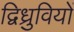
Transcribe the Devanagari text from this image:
द्विध्रुवियों